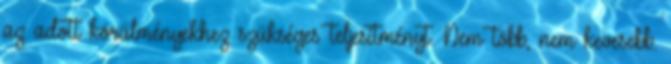
az adott körülményekhez szükséges teljesítményt. Nem több, nem kevesebb.